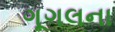
ગૂગલના